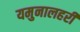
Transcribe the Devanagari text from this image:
यमुनालहरी